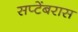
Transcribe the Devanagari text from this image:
सप्टेंबरास